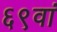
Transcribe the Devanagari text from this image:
६९वां